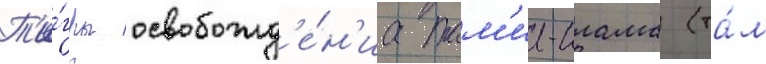
Т'и́гры освобожд'е́н'иа там'ил-илама (та́м